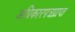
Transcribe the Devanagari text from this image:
अधिकारपत्रप्राप्त